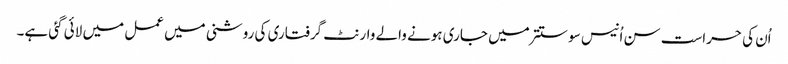
اُن کی حراست سن اُنیس سو ستتر میں جاری ہونے والے وارنٹ گرفتاری کی روشنی میں عمل میں لائی گئی ہے۔